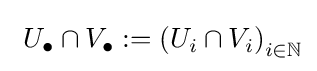
\ U_{\bullet }\cap V_{\bullet }:=\left(U_{i}\cap V_{i}\right)_{i\in \mathbb {N} }